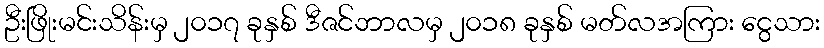
ဦးဖြိုးမင်းသိန်းမှ ၂၀၁၇ ခုနှစ် ဒီဇင်ဘာလမှ ၂၀၁၈ ခုနှစ် မတ်လအကြား ငွေသား